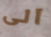
آلى